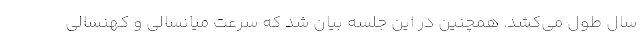
سال طول می‌کشد. همچنین در این جلسه بیان شد که سرعت میانسالی و کهنسالی